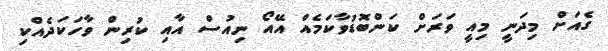
ގެއަށް މިދަނީ މިއީ ވަރަށް ކަންބޮޑުވާކަމެއް އޭއޯ ނިއުސް އާއި ކުރިން ވާހަކަދެއްކި